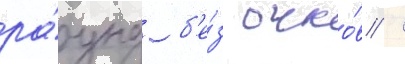
ра́унд б'е́з очко́в /